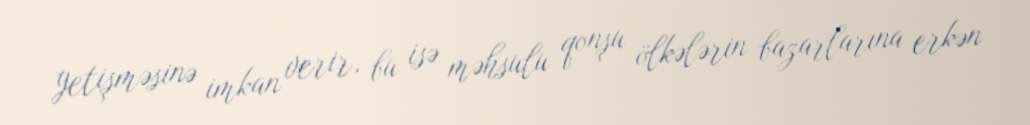
yetişməsinə imkan verir, bu isə məhsulu qonşu ölkələrin bazarlarına erkən